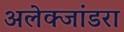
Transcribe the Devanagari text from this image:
अलेक्जांडरा